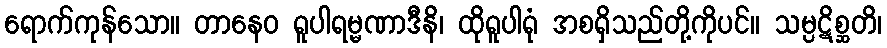
ရောက်ကုန်သော။ တာနေဝ ရူပါရမ္မဏာဒီနိ၊ ထိုရူပါရုံ အစရှိသည်တို့ကိုပင်။ သမ္ပဋိစ္ဆတိ၊